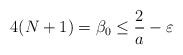
LaTeX: \begin{align*}4(N+1) = \beta_0 \leq \frac{2}{a} - \varepsilon\end{align*}